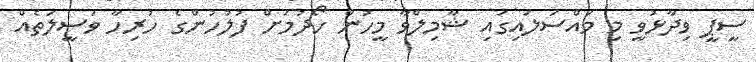
ސީޕީ ވިދާޅުވީ މި މައްސަލައިގައި ޝާމިލްވާ މީހުން ހޯދުމަށް ފުލުހުންގެ ހުރިހާ ވަސީލަތެއް